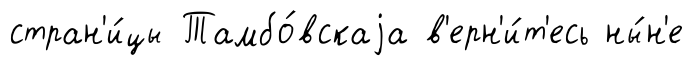
стран'и́цы Тамбо́вскаjа в'ерн'и́т'есь ны́н'е